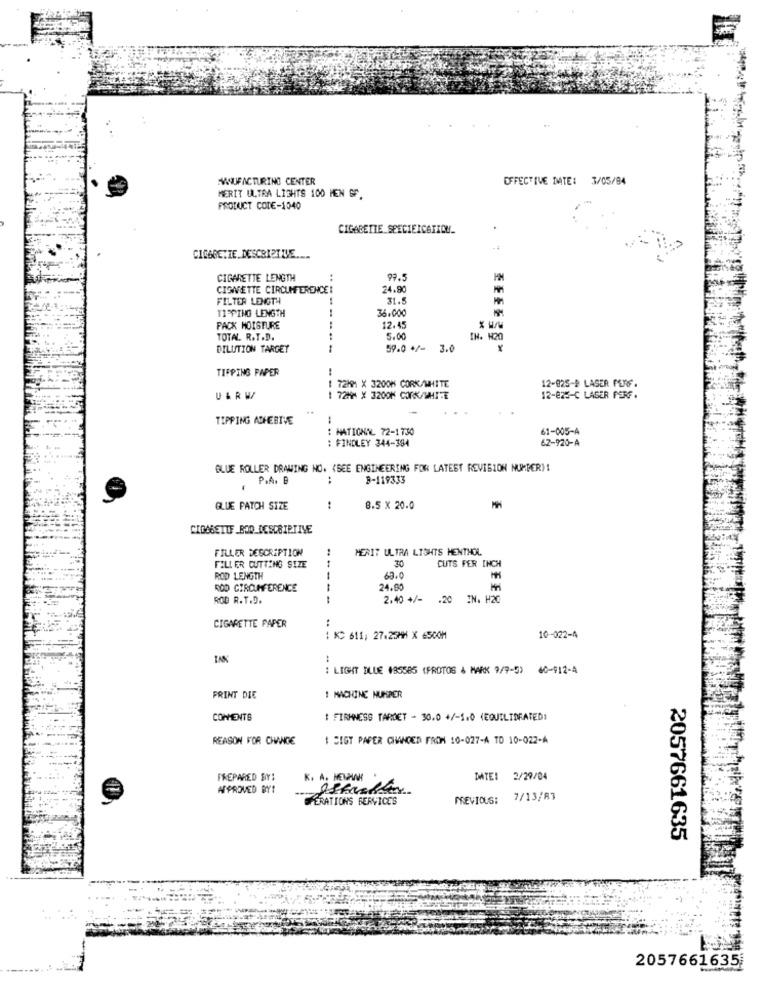
WWUFACTURING CENTER
EFFECTIVE DATE: 3/05/94
MERIT ULTRA LIGHTS 100 MEN GF.
PRODUCT CODE-1040
CIGARETTE SPECIEICATION_
CIGGBEZIE. DESCRIPTIVE ....
CIGARETTE LENGTH
97.5
CIGARETTE CIRCUMFERENCE!
24.90
FILTER LENGTH
31.5
TIPPING LENGTH
36.000
PACK MOISTURE
12.45
TOTAL R.T.D.
5.00
IN. H20
DILUTION TARGET
59.0 +/-
3.0
TIPPING PAPER
72MM X 3200M CORK/WHITE
--
12-825-8 LASER PROF.
U&RW
1 72KM X 3200M CORK/WHITE
12-825-C LAGER PERF.
TIPPING ADHESIVE
NATIONAL 72-1 730
. ..
61-005-A
: FINDLEY 344-384
62-920-A
BLUE ROLLER DRAWING NO. (SEE ENGINEERING FOR LATEST REVISION NUMBER)!
P.A. B
:
8-119333
BLUE PATCH SIZE
8.5 x 20.0
CIGARETTE BOD DESCRIPTIVE
FILLER DESCRIPTION
MERIT ULTRA LIGHTS MENTHOL
30
CUTS FER INCH
FILLER CUTTING SIZE
ROD LENGTH
---
63.0
ROD CIRCUMFERENCE
24.80
ROD R.T.D.
--
2.40 +/- . 20 IN. H20
CIGARETTE PAPER
: KC 611; 27.25M91 X 65COM
10-022-4
..
: LIGHT BLUE 195585 (PROTOS & MARK 9/9-5) 40-912-4
PRINT DIE
1 MACHINE HUMPER
COMMENTS
1 FIRMNESS TARDET - 30.0 +/-1.0 (EQUILIBRATED)
REASON FOR CHANGE
1 DIGT PAPER CHANCER FRON 10-027-A TO 10-022-A
PREPARED SIY:
K. A. MEUWWW.
DATE: 2/29/04
APPROVED BYT
OPERATIONS SERVICES
PREVIOUS: 7/13/87
2057661635
2057661635